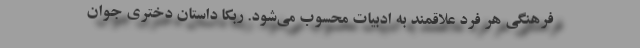
فرهنگی هر فرد علاقمند به ادبیات محسوب می‌شود. ربکا داستان دختری جوان